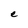
Character: e